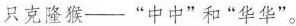
只克隆猴—”中中”和”华华”。